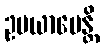
ဥပယာပေန္တိ